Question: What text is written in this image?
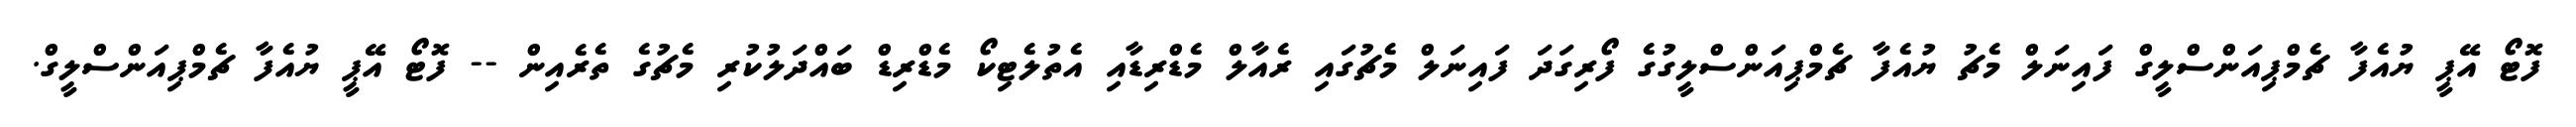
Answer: ފޮޓޯ އޭޕީ ޔުއެފާ ޗެމްޕިއަންސްލީގް ފައިނަލް މެޗު ޔުއެފާ ޗެމްޕިއަންސްލީގުގެ ފޯރިގަދަ ފައިނަލް މެޗުގައި ރެއާލް މެޑްރިޑާއި އެތުލެޓިކޯ މެޑްރިޑް ބައްދަލުކުރި މެޗުގެ ތެރެއިން -- ފޮޓޯ އޭޕީ ޔުއެފާ ޗެމްޕިއަންސްލީގް.